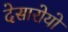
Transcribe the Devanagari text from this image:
देसारोयो